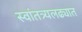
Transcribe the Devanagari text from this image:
स्वांतत्र्यलढ्यात